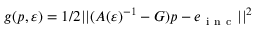
g ( p , \varepsilon ) = 1 / 2 | | ( A ( \varepsilon ) ^ { - 1 } - G ) p - e _ { \mathrm { ~ i ~ n ~ c ~ } } | | ^ { 2 }